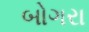
બોગરા